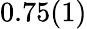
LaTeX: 0.75(1)